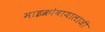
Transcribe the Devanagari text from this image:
माइक्रोबायालाजी